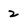
Character: 2